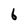
Character: 6